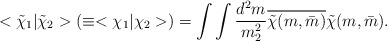
\begin{align*}<\tilde{\chi}_{1}|\tilde{\chi}_{2}>(\equiv<\chi_{1}|\chi_{2}>) =\int\int\frac{d^{2}m}{m_{2}^{2}} \overline{\tilde{\chi}(m,\bar{m})}\tilde{\chi}(m,\bar{m}).\end{align*}